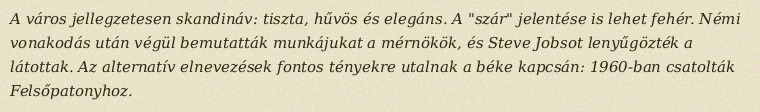
A város jellegzetesen skandináv: tiszta, hűvös és elegáns. A "szár" jelentése is lehet fehér. Némi vonakodás után végül bemutatták munkájukat a mérnökök, és Steve Jobsot lenyűgözték a látottak. Az alternatív elnevezések fontos tényekre utalnak a béke kapcsán: 1960-ban csatolták Felsőpatonyhoz.